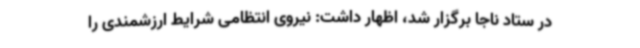
در ستاد ناجا برگزار شد، اظهار داشت: نیروی انتظامی شرایط ارزشمندی را